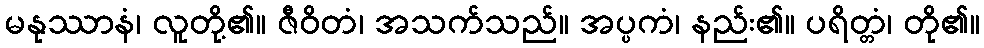
မနုဿာနံ၊ လူတို့၏။ ဇီဝိတံ၊ အသက်သည်။ အပ္ပကံ၊ နည်း၏။ ပရိတ္တံ၊ တို၏။